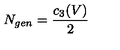
N _ { g e n } = \frac { c _ { 3 } ( V ) } { 2 }